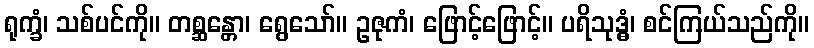
ရုက္ခံ၊ သစ်ပင်ကို။ တစ္ဆန္တော၊ ရွေသော်။ ဥဇုကံ၊ ဖြောင့်ဖြောင့်။ ပရိသုဒ္ဓံ၊ စင်ကြယ်သည်ကို။